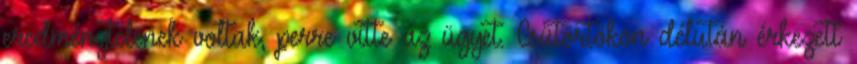
eredménytelenek voltak, perre vitte az ügyet. Csütörtökön délután érkezett